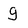
Character: g